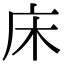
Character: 床